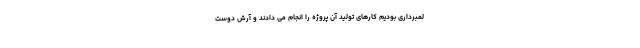
لمبرداری بودیم کارهای تولید آن پروژه را انجام می دادند و آرش دوست